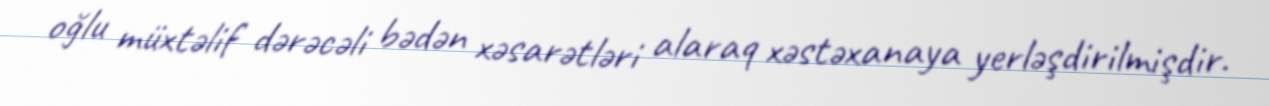
oğlu müxtəlif dərəcəli bədən xəsarətləri alaraq xəstəxanaya yerləşdirilmişdir.